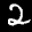
Label: 2